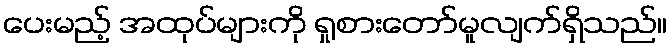
ပေးမည့် အထုပ်များကို ရှုစားတော်မူလျက်ရှိသည်။